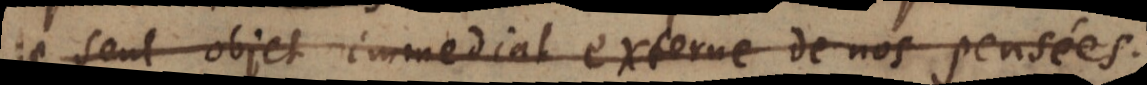
le seul objet immediat externe de nos pensées.